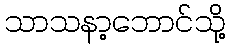
သာသနာ့ဘောင်သို့